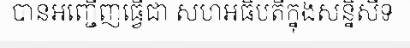
បានអញ្ជើញធ្វើជា សហអធិបតីក្នុងសន្និសីទ